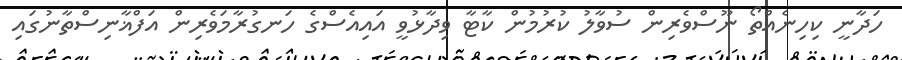
ހަދާނީ ކިހިނެއްތޯ ނޫސްވެރިން ސުވާލު ކުރުމުން ކާޓާ ވިދާޅުވީ އައިއެސްގެ ހަނގުރާމަވެރިން އަފްޣާނިސްތާނުގައި